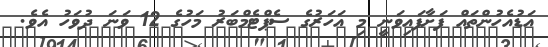
އަޑުއެހުންތައް ފަށާފައިވަނީ މި އަހަރުގެ ސެޕްޓެމްބަރު މަހުގެ 12 ވަނަ ދުވަހު އެވެ.